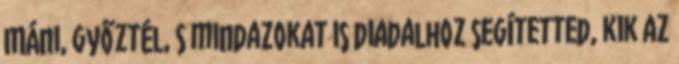
Máni, győztél, s mindazokat is diadalhoz segítetted, kik az